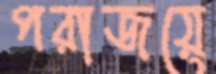
পরাজয়ে